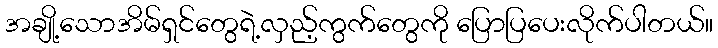
အချို့သောအိမ်ရှင်တွေရဲ့လှည့်ကွက်တွေကို ပြောပြပေးလိုက်ပါတယ်။